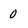
Character: 0